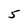
Character: 5